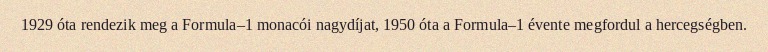
1929 óta rendezik meg a Formula–1 monacói nagydíjat, 1950 óta a Formula–1 évente megfordul a hercegségben.